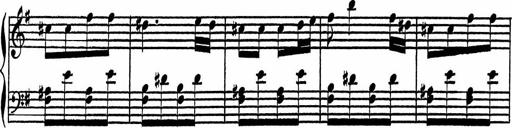
Title: 4 Piano Sonatinas
Composer: Adam Geibel